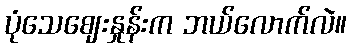
ပုံသေဈေးနှုန်းက ဘယ်လောက်လဲ။